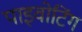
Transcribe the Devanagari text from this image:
पाइवोटिंग